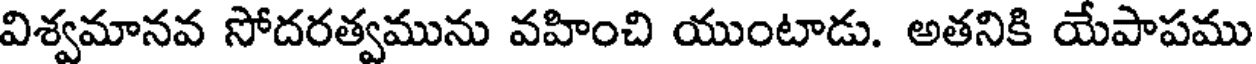
విశ్వమానవ సోదరత్వమును వహించి యుంటాడు. అతనికి యేపాపము